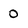
Character: 0